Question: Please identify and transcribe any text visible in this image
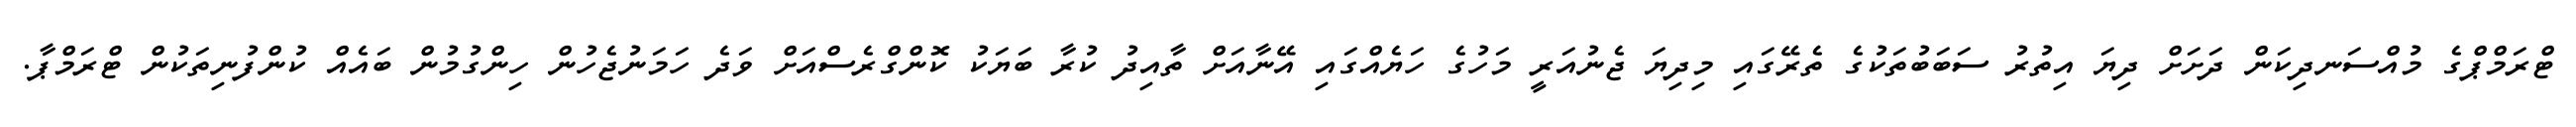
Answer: ޓްރަމްޕްގެ މުއްސަނދިކަން ދަށަށް ދިޔަ އިތުރު ސަބަބުތަކުގެ ތެރޭގައި މިދިޔަ ޖެނުއަރީ މަހުގެ ހަޔެއްގައި އޭނާއަށް ތާއިދު ކުރާ ބަޔަކު ކޮންގްރެސްއަށް ވަދެ ހަމަނުޖެހުން ހިންގުމުން ބައެއް ކުންފުނިތަކުން ޓްރަމްޕާ.